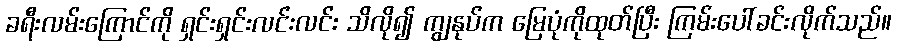
ခရီးလမ်းကြောင်ကို ရှင်းရှင်းလင်းလင်း သိလို၍ ကျွနုပ်က မြေပုံကိုထုတ်ပြီး ကြမ်းပေါ်ခင်းလိုက်သည်။